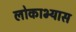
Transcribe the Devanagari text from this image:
लोकाभ्यास